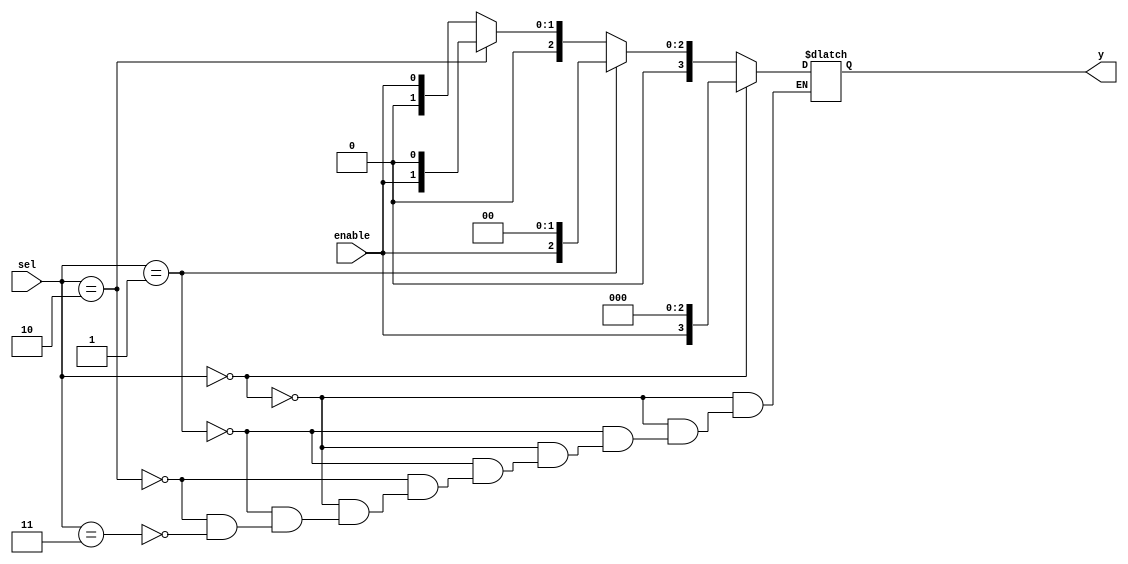
module decoder_2x4 ( sel,y,enable );

input [1:0] sel;
output reg [3:0] y;
input enable;

always @ (sel,enable) begin
    if (sel==2'b00) y= {enable,3'b000};
    else if (sel==2'b01) y= {1'b0,enable,2'b00};
    else if (sel==2'b10) y= {2'b00,enable,1'b0};
    else if (sel==2'b11) y= {3'b000,enable};
 end

    
endmodule